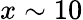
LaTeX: x\sim 10